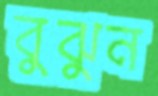
বুঝুন